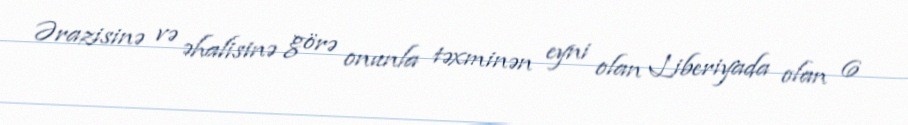
Ərazisinə və əhalisinə görə onunla təxminən eyni olan Liberiyada olan 6